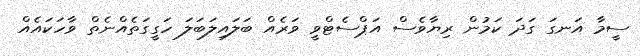
ސީމާ އަނގަ ގަދަ ކަމުން ރިޔާވެސް އަޕްސެޓްވީ ވަރެއް ބަލައިލަބަލަ ހަގީގަތެއްނެތް ވާހަކައެއް